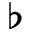
\flat